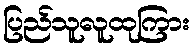
ပြည်သူလူထုကြား